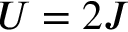
U = 2 J